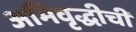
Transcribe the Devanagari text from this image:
अभिवृद्धीची